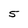
Character: 5